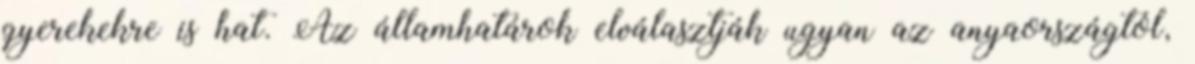
gyerekekre is hat. Az államhatárok elválasztják ugyan az anyaországtól,